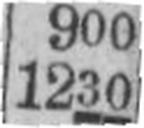
1230